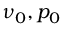
\nu _ { 0 } , p _ { 0 }